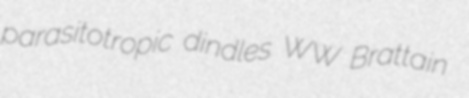
parasitotropic dindles WW Brattain